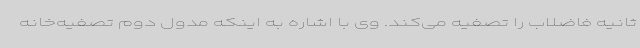
ثانیه فاضلاب را تصفیه می‌کند. وی با اشاره به اینکه مدول دوم تصفیه‌خانه